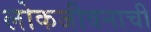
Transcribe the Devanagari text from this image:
लोकजीवनाची